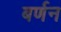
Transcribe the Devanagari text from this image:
बर्णन